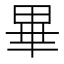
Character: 畢